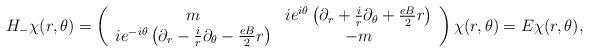
LaTeX: \begin{align*}H_{-} \chi(r,\theta)= \left(\begin{array}{cc} m & ie^{ i\theta}\left(\partial_{r}+\frac{i}{r}\partial_{\theta}+\frac{eB}{2}r\right)\\ ie^{-i\theta}\left(\partial_{r}-\frac{i}{r}\partial_{\theta}-\frac{eB}{2}r\right)& -m\end{array}\right)\chi(r,\theta)=E\chi(r,\theta),\end{align*}